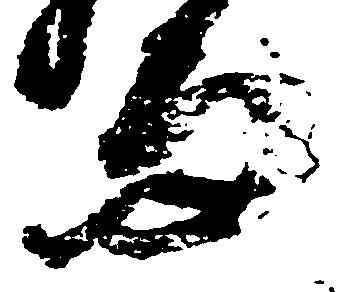
而